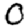
Digit: 0